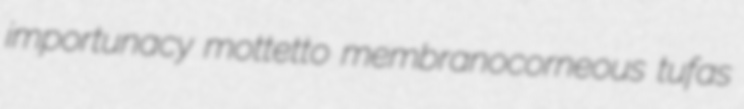
importunacy mottetto membranocorneous tufas